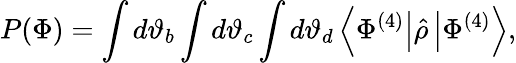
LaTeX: P(\Phi)=\int d\vartheta_{b}\int d\vartheta_{c}\int d\vartheta_{d}\left\langle\Phi^{(4)}\right\vert\hat{\rho}\left\vert\Phi^{(4)}\right\rangle,